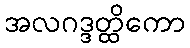
အလဂဒ္ဒတ္ထိကော